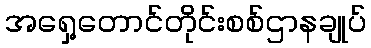
အရှေ့တောင်တိုင်းစစ်ဌာနချုပ်